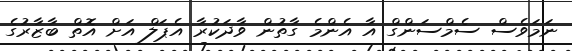
ނަމަވެސް ސެމްސަންގް އާ އެންމެ ގާތުން ވާދަކުރާ އެޕަލް އަށް އޮތް ބާޒާރުގެ